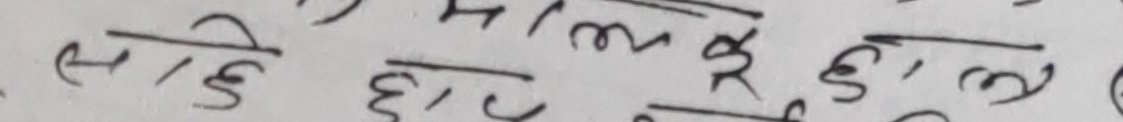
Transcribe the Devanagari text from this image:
ले/हि छ/हा म मा ले/छ इ रु छ/ल म ले